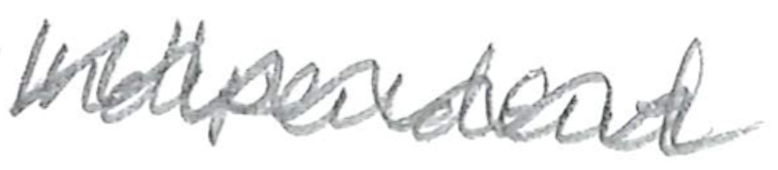
Text: Independent
Cross-out: mix
Writing tool: pencil